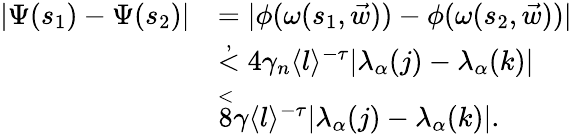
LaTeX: \begin{array}{rl}{|\Psi(s_{1})-\Psi(s_{2})|}&{=|\phi(\omega(s_{1},\vec{w}))-\phi(\omega(s_{2},\vec{w}))|}\\ &{\overset{,}<4\gamma_{n}\langle l\rangle^{-\tau}|\lambda_{\alpha}(j)-\lambda_{\alpha}(k)|}\\ &{\overset<8\gamma\langle l\rangle^{-\tau}|\lambda_{\alpha}(j)-\lambda_{\alpha}(k)|.}\end{array}